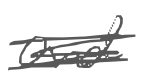
Text: and
Cross-out: scratch
Writing tool: digital_gray